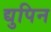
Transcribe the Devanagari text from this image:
द्युपिन